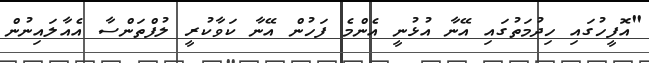
"އޮފީހުގައި ހިދުމަތުގައި އޭނާ އުޅުނީ އެންމެ ފަހުން އޭނާ ކަވާކުރީ ލުފްތަންސާ އެއާލައިނުން